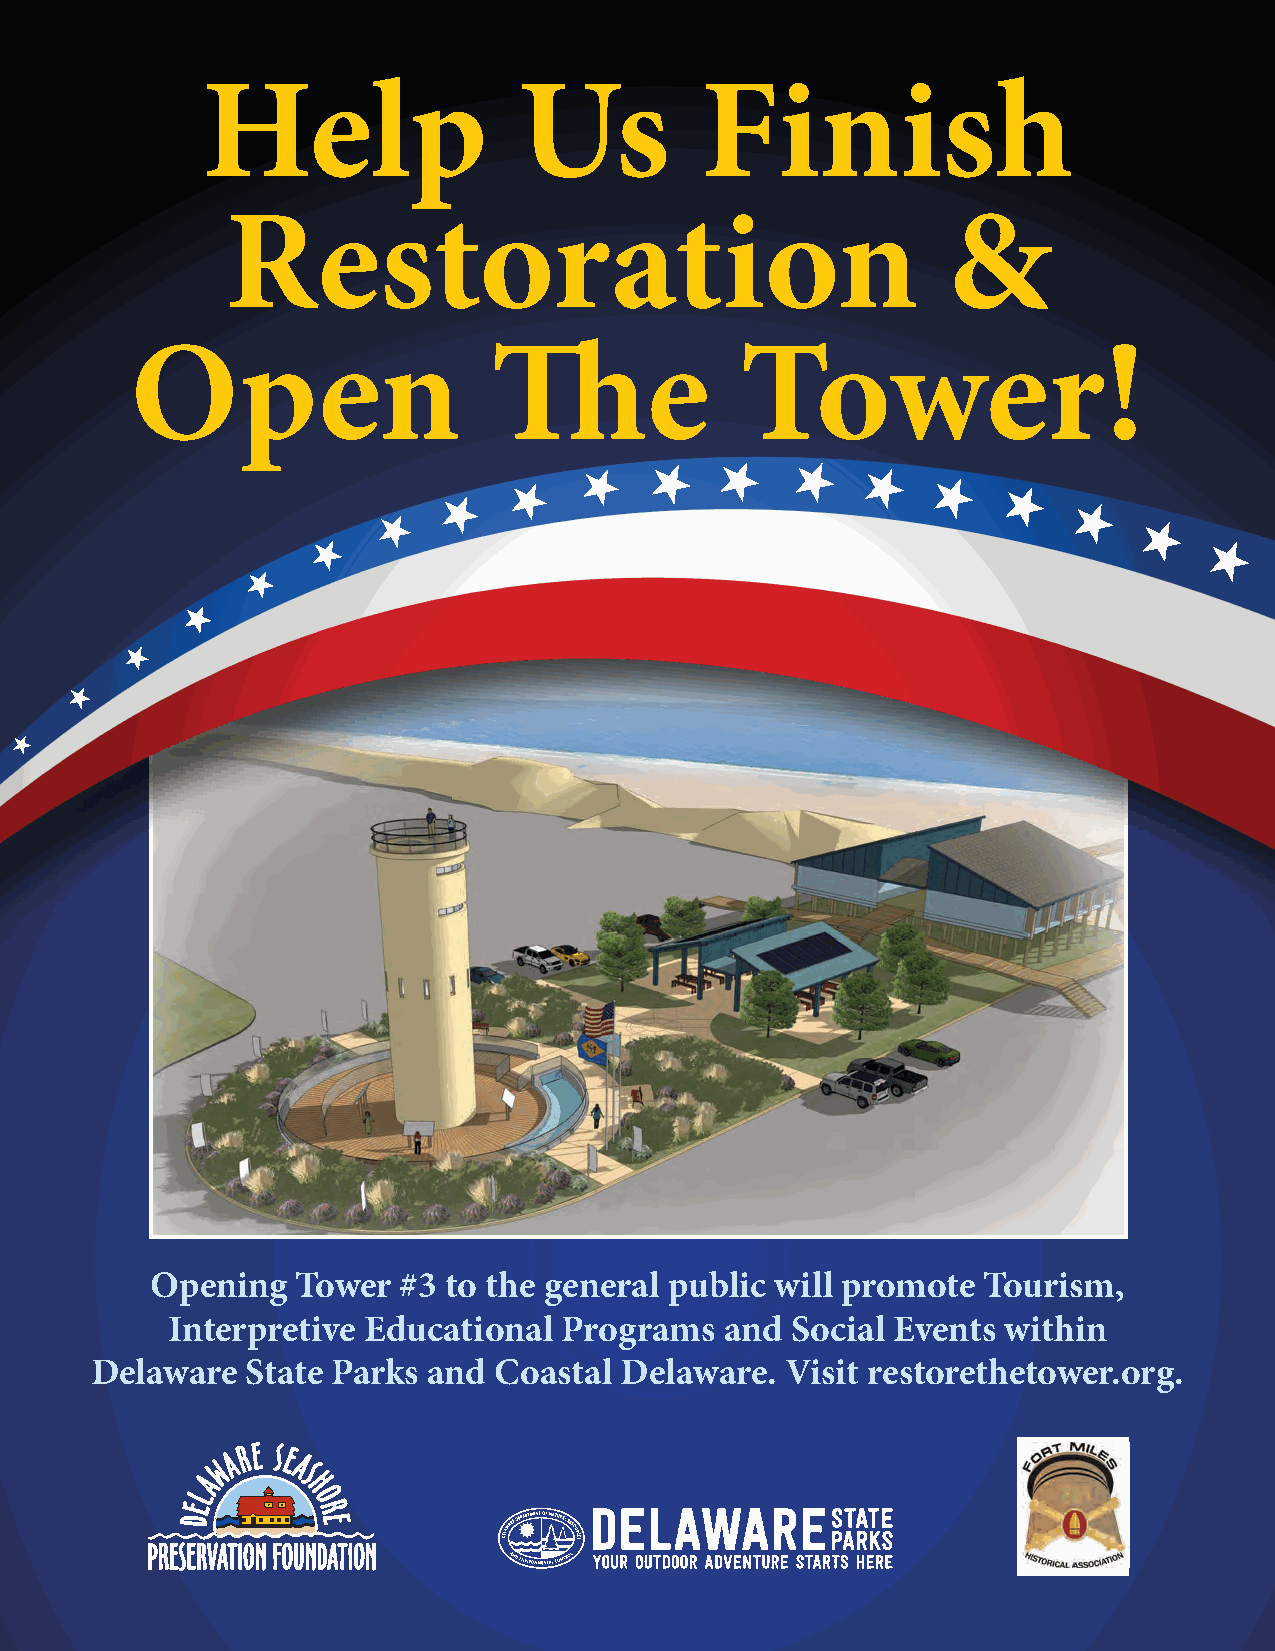
Help                 Us          Finish
 Restoration                                     &
 Open                   The              Tower!
 Opening   Tower  #3 to the general public will promote Tourism,
 Interpretive Educational  Programs   and Social Events within
 Delaware  State Parks and  Coastal Delaware.  Visit restorethetower.org.